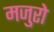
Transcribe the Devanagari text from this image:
मजुरो